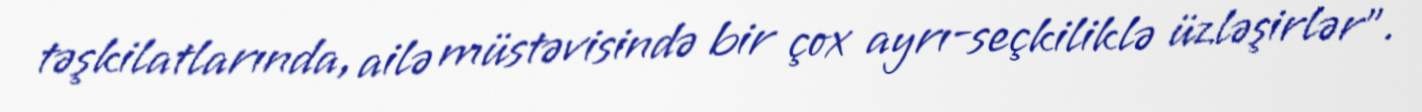
təşkilatlarında, ailə müstəvisində bir çox ayrı-seçkiliklə üzləşirlər”.